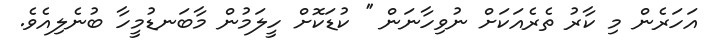
އަހަރެން މި ކާރު ތެރެއަކަށް ނުވިހާނަން '' ކުޑަކޮށް ހީލަމުން މާބަނޑުމީހާ ބުނެލިއެވެ.